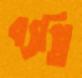
ব্যপ্তি